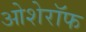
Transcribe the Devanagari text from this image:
ओशेरॉफ